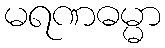
မရဏဓမ္မာ